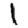
Digit: 1